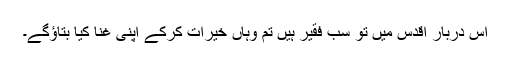
اس دربارِ اقدس میں تو سب فقیر ہیں تم وہاں خیرات کرکے اپنی غنا کیا بتاؤگے۔